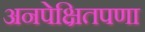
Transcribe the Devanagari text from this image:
अनपेक्षितपणा